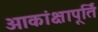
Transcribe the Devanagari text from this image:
आकांक्षापूर्ति